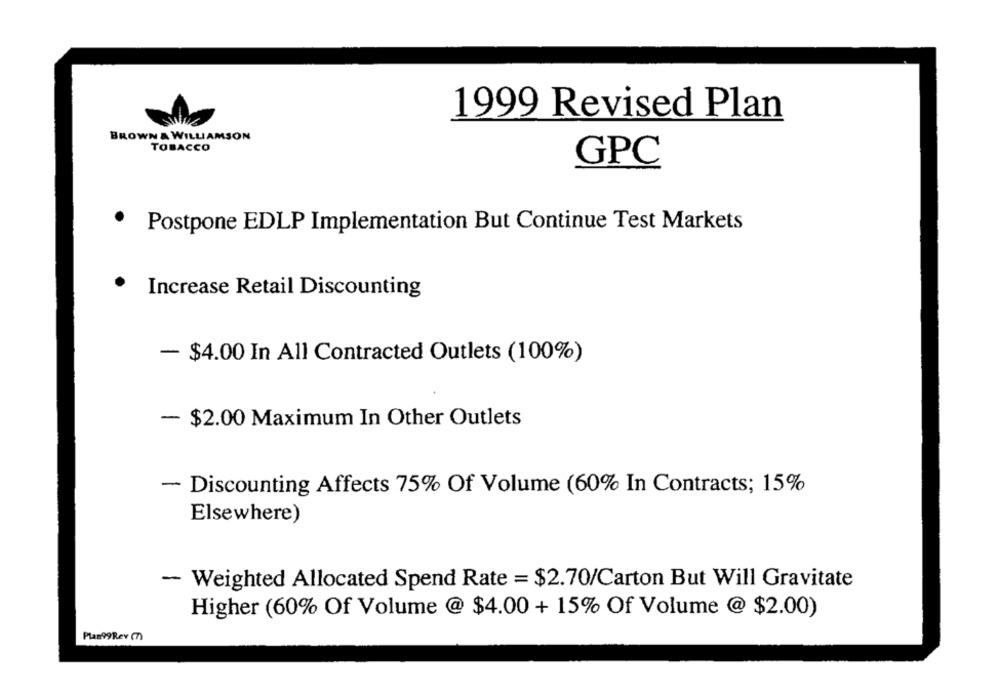
1999 Revised Plan
BROWN & WILLIAMSON
TOBACCO
GPC
Postpone EDLP Implementation But Continue Test Markets
Increase Retail Discounting
- $4.00 In All Contracted Outlets (100%)
- $2.00 Maximum In Other Outlets
- Discounting Affects 75% Of Volume (60% In Contracts; 15%
Elsewhere)
- Weighted Allocated Spend Rate = $2.70/Carton But Will Gravitate
Higher (60% Of Volume @ $4.00 + 15% Of Volume @ $2.00)
Plan99Rev (7)